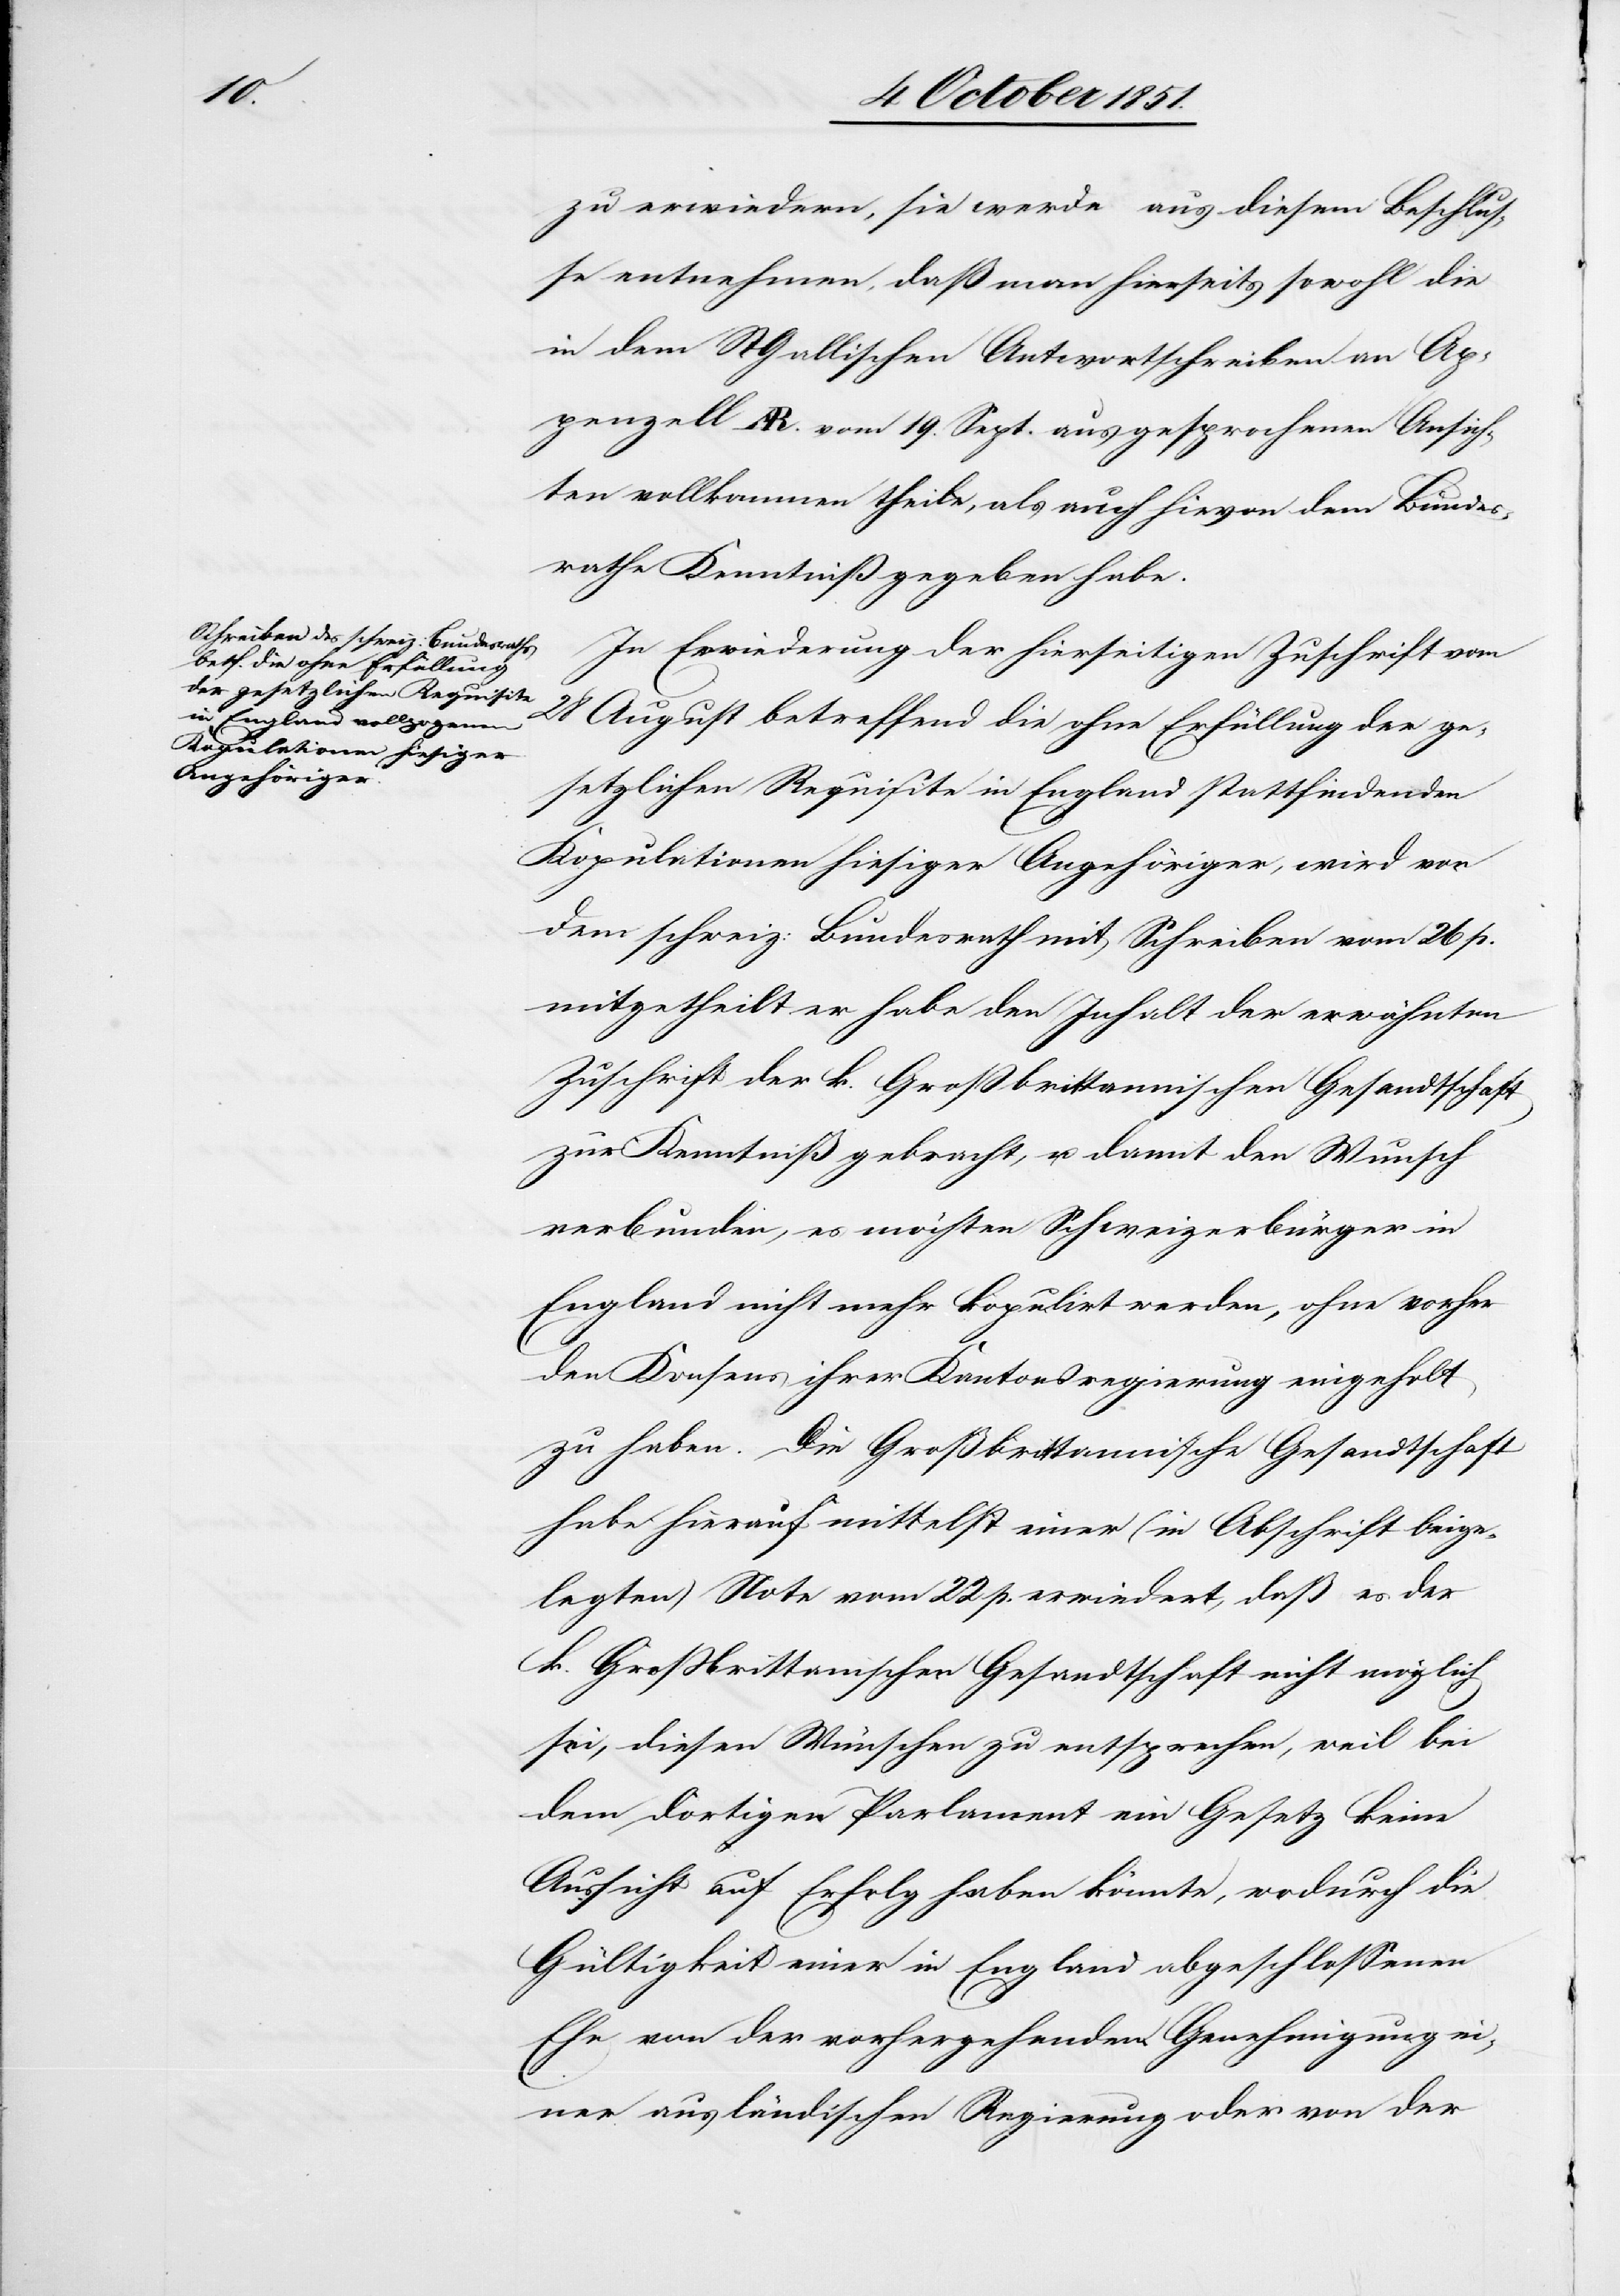
zu erwiedern, sie werde aus diesem Beschlus¬
se entnehmen, daß man hierseits sowohl die
in dem St. Gallischen Antwortschreiben an Ap¬
penzell AR. vom 19. Sept. ausgesprochenen Ansich¬
ten vollkommen theile, als auch hievon dem Bundes¬
rathe Kenntniß gegeben habe.
In Erwiederung der hierseitigen Zuschrift vom
28 August betreffend die ohne Erfüllung der ge¬
setzlichen Requisite in England stattfindenden
Kopulationen hiesiger Angehöriger, wird von
dem schweiz: Bundesrath mit Schreiben vom 26 p.
mitgetheilt er habe den Inhalt der erwähnten
Zuschrift der k. Großbrittannischen Gesandtschaft
zur Kenntniß gebracht, u. damit den Wunsch
verbunden, es möchten Schweizerbürger in
England nicht mehr kopulirt werden, ohne vorher
den Konsens ihrer Kantonsregierung eingeholt
zu haben. Die Großbrittannische Gesandtschaft
habe hierauf mittelst einer (in Abschrift beige¬
legten) Note vom 22 p. erwiedert, daß es der
k. Großbrittan[n]ischen Gesandtschaft nicht möglich
sei, diesen Wünschen zu entsprechen, weil bei
dem dortigen Parlament ein Gesetz keine
Aussicht auf Erfolg haben könnte, wodurch die
Gültigkeit einer in England abgeschlossenen
Ehe von der vorhergehenden Genehmigung ei¬
ner ausländischen Regierung oder von der